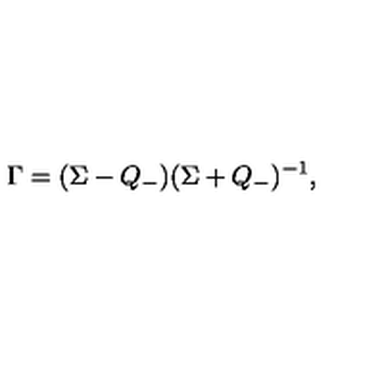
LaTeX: \Gamma = ( \Sigma - Q _ { - } ) ( \Sigma + Q _ { - } ) ^ { - 1 } ,